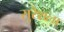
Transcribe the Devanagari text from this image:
सुरेशला